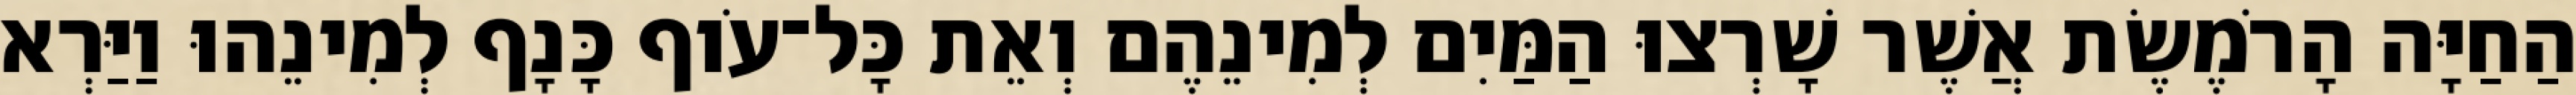
הַחַיָּה הָרֹמֶשֶׂת אֲשֶׁר שָׁרְצוּ הַמַּיִם לְמִינֵהֶם וְאֵת כָּל־עֹוף כָּנָף לְמִינֵהוּ וַיַּרְא